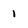
Character: 1